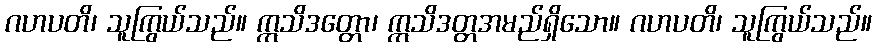
ဂဟပတိ၊ သူကြွယ်သည်။ ဣသိဒတ္တော၊ ဣသိဒတ္တအမည်ရှိသော။ ဂဟပတိ၊ သူကြွယ်သည်။